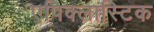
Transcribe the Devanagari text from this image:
एपिक्लास्टिक